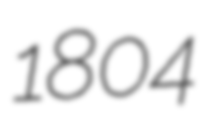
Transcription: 1804